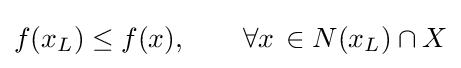
{f(x_{L})\leq f(x),\qquad \forall {x}\,\in N(x_{L})\cap X}